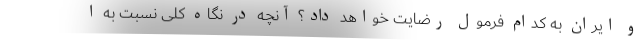
و ایران به کدام فرمول رضایت خواهد داد؟ آنچه در نگاه کلی نسبت به ا